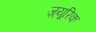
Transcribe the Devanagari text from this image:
ज़्यूरिक